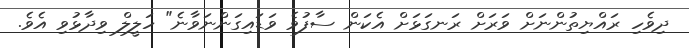
ދިވެހި ރައްޔިތުންނަށް ވަރަށް ރަނގަޅަށް އެކަން ސާފުވެ ވަޑައިގަންނަވާނެ" ހަލީލް ވިދާޅުވި އެވެ.